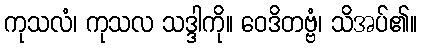
ကုသလံ၊ ကုသလ သဒ္ဒါကို။ ဝေဒိတဗ္ဗံ၊ သိအပ်၏။